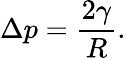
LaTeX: \Delta p={\frac{2\gamma}{R}}.